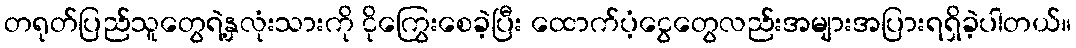
တရုတ်ပြည်သူတွေရဲ့နှလုံးသားကို ငိုကြွေးစေခဲ့ပြီး ထောက်ပံ့ငွေတွေလည်းအများအပြားရရှိခဲ့ပါတယ်။